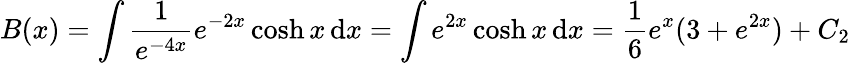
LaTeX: B(x)=\int{\frac{1}{e^{-4x}}}e^{-2x}\cosh x\, \mathrm{d}x=\int e^{2x}\cosh x\, \mathrm{d}x={\frac{1}{6}}e^{x}(3+e^{2x})+C_{2}